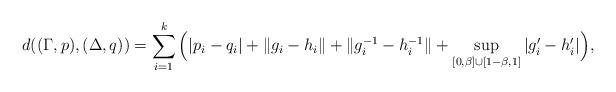
LaTeX: \begin{align*}d((\Gamma,p),(\Delta,q)) = \sum_{i=1}^{k}\Big(|p_i-q_i| + \|g_i-h_i\|+ \|g_i^{-1}-h_i^{-1}\|+ \sup_{[0,\beta]\cup[1-\beta,1]}|g_i'-h_i'|\Big),\end{align*}